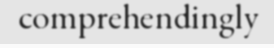
comprehendingly